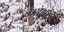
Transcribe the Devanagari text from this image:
होम्समुळे